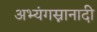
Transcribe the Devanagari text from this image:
अभ्यंगस्नानादी